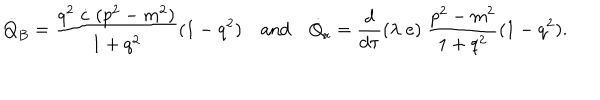
\dot { Q } _ { B } = \frac { q ^ { 2 } \; \dot { c } \; ( p ^ { 2 } - m ^ { 2 } ) } { 1 + q ^ { 2 } } ( 1 - q ^ { 2 } ) \quad \mathrm { a n d } \quad \dot { Q } _ { r } = \frac { d } { d \tau } ( \lambda \; e ) \; \frac { p ^ { 2 } - m ^ { 2 } } { 1 + q ^ { 2 } } ( 1 - q ^ { 2 } ) .